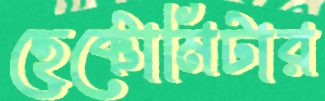
হেক্টোমিটার